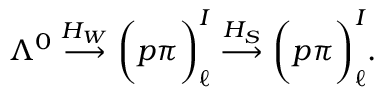
\Lambda ^ { 0 } \stackrel { H _ { W } } { \longrightarrow } \bigg ( p \pi \bigg ) _ { \ell } ^ { I } \stackrel { H _ { S } } { \longrightarrow } \bigg ( p \pi \bigg ) _ { \ell } ^ { I } .